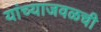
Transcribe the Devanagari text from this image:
यांच्याजवळची